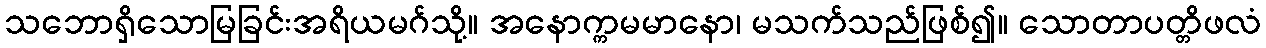
သဘောရှိသောမြခြင်းအရိယမဂ်သို့။ အနောက္ကမမာနော၊ မသက်သည်ဖြစ်၍။ သောတာပတ္တိဖလံ